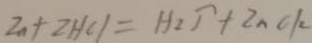
Z n + 2 H C l = H _ { 2 } \uparrow + 2 n c k